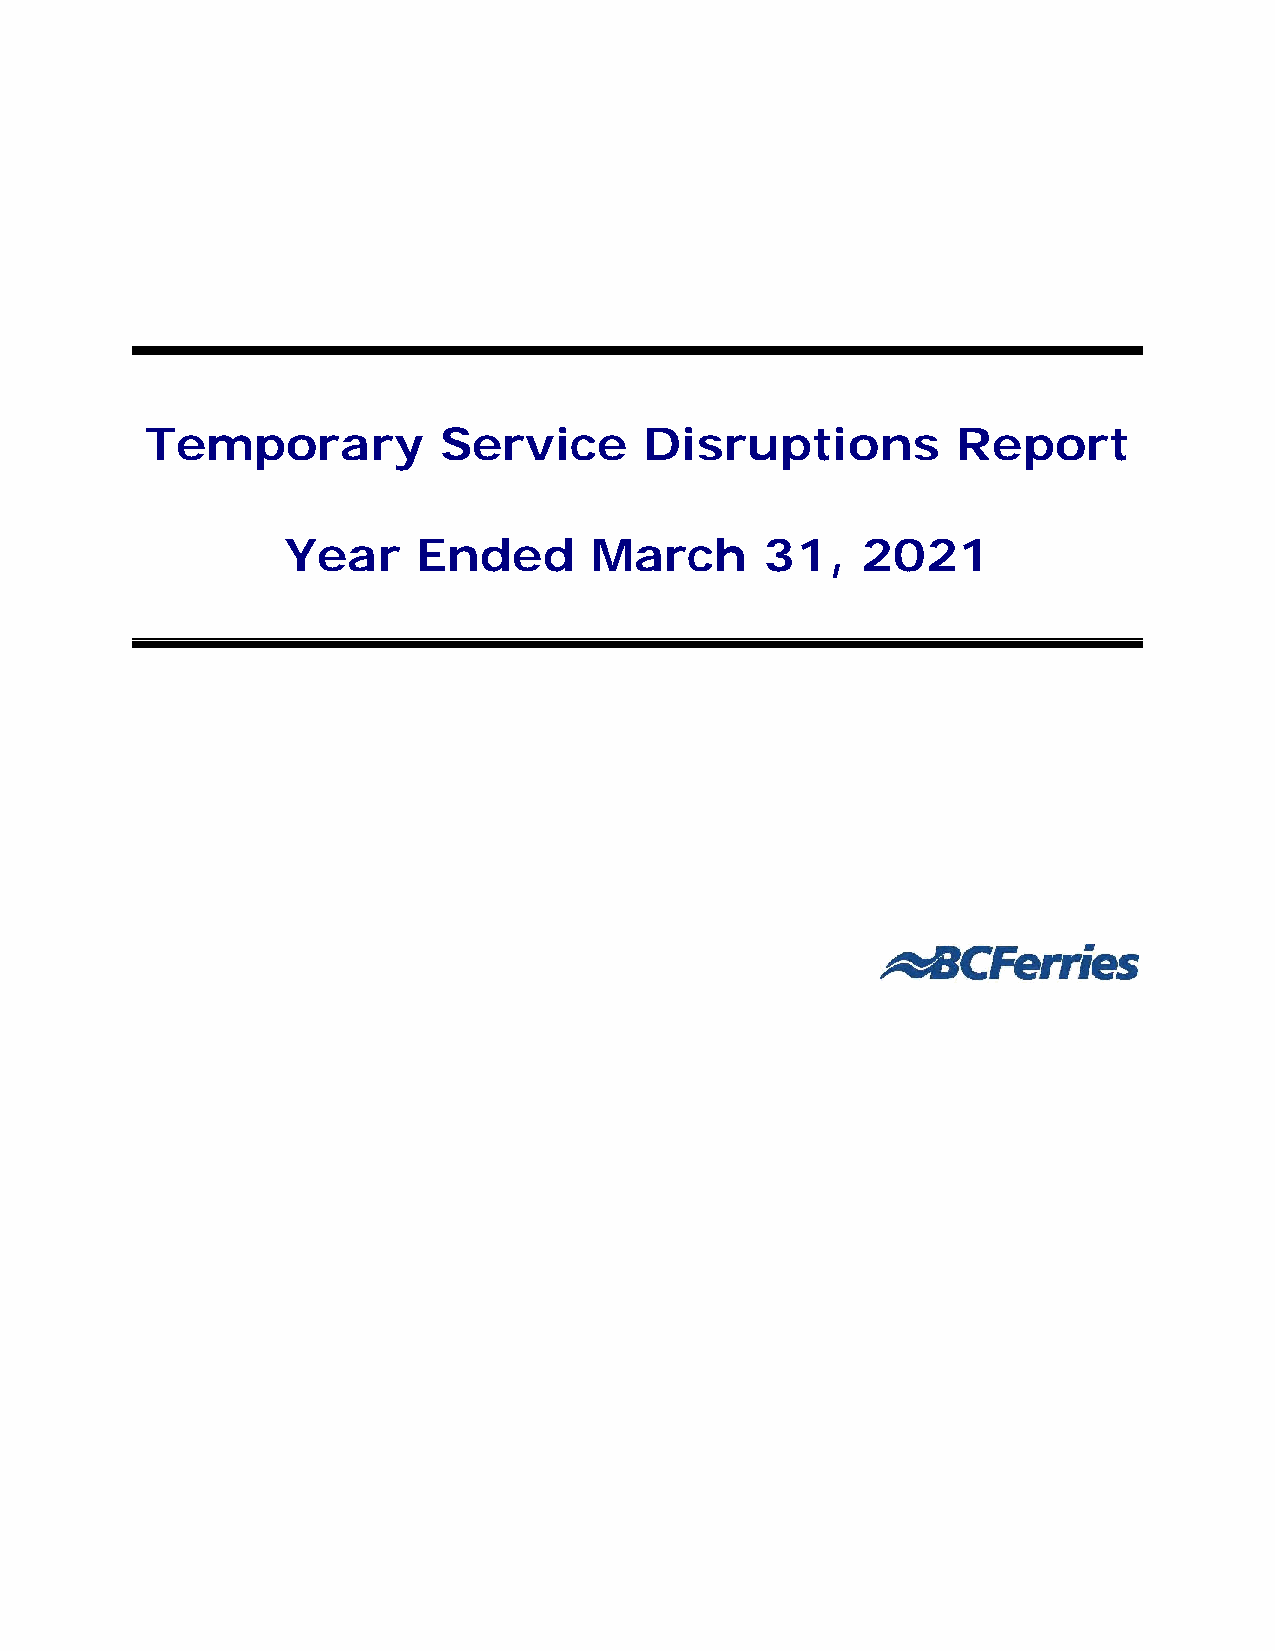
Temporary          Service       Disruptions         Report
 Year     Ended      March       31,   2021